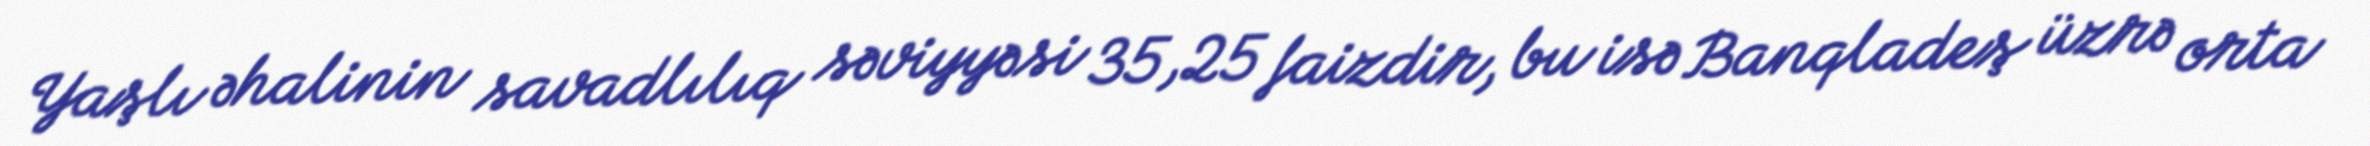
Yaşlı əhalinin savadlılıq səviyyəsi 35,25 faizdir, bu isə Banqladeş üzrə orta